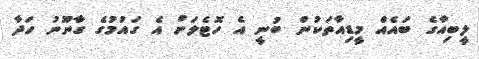
ލީބިއާގެ ބައެއް މީޑިއާތަކުން ބުނީ އެ ހޮޓެލަށް އެ ގައުމުގެ ގާނޫނު ހަދާ